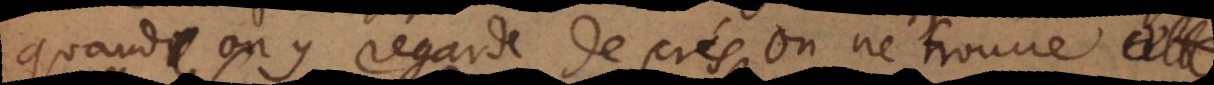
quand on y regarde de près on ne trouv